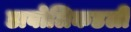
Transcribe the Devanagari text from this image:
डाबोलिकडली